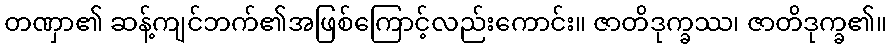
တဏှာ၏ ဆန့်ကျင်ဘက်၏အဖြစ်ကြောင့်လည်းကောင်း။ ဇာတိဒုက္ခဿ၊ ဇာတိဒုက္ခ၏။